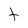
Character: t